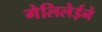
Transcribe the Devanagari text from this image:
गेलिलेईने